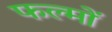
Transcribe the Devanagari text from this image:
फल्मों